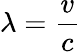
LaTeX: \lambda={\frac{v}{c}}